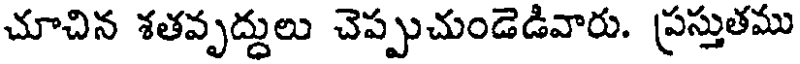
చూచిన శతవృద్దులు చెప్పుచుండెడివారు. ప్రస్తుతము